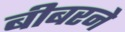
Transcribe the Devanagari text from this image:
बीबरने